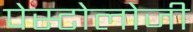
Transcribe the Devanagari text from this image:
पेस्टोलोजी